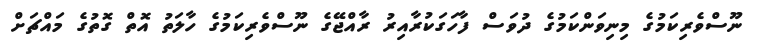
ނޫސްވެރިކަމުގެ މިނިވަންކަމުގެ ދުވަސް ފާހަގަކުރާއިރު ރާއްޖޭގެ ނޫސްވެރިކަމުގެ ހާލަތު އޮތް ގޮތުގެ މައްޗަށް